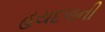
હયદળની